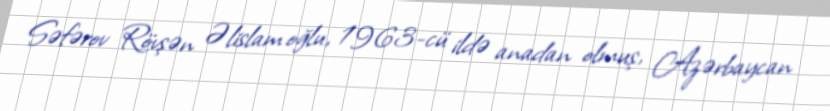
Səfərov Rövşən Əlislam oğlu, 1963-cü ildə anadan olmuş, Azərbaycan